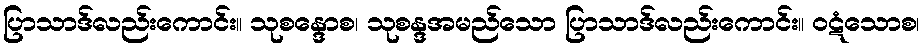
ပြာသာဒ်လည်းကောင်း။ သုစန္ဒောစ၊ သုစန္ဒအမည်သော ပြာသာဒ်လည်းကောင်း။ ဝဋံသောစ၊